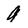
Character: 9